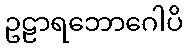
ဥဠာရဘောဂေါပိ